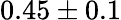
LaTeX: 0.45\pm 0.1